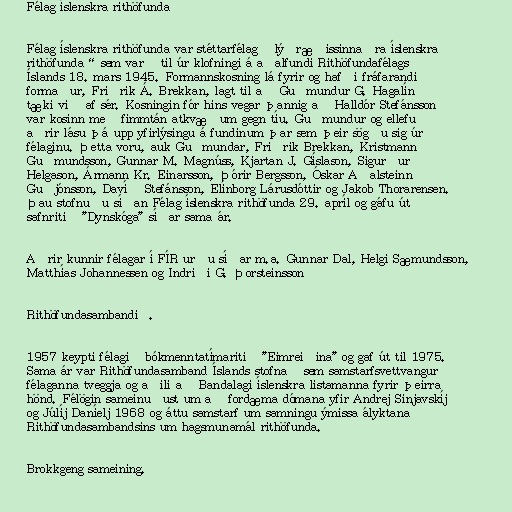
Félag íslenskra rithöfunda

Félag íslenskra rithöfunda var stéttarfélag „lýðræðissinnaðra íslenskra
rithöfunda“ sem varð til úr klofningi á aðalfundi Rithöfundafélags
Íslands 18. mars 1945. Formannskosning lá fyrir og hafði fráfarandi
formaður, Friðrik Á. Brekkan, lagt til að Guðmundur G. Hagalín
tæki við af sér. Kosningin fór hins vegar þannig að Halldór Stefánsson
var kosinn með fimmtán atkvæðum gegn tíu. Guðmundur og ellefu
aðrir lásu þá upp yfirlýsingu á fundinum þar sem þeir sögðu sig úr
félaginu. Þetta voru, auk Guðmundar, Friðrik Brekkan, Kristmann
Guðmundsson, Gunnar M. Magnúss, Kjartan J. Gíslason, Sigurður
Helgason, Ármann Kr. Einarsson, Þórir Bergsson, Óskar Aðalsteinn
Guðjónsson, Davíð Stefánsson, Elínborg Lárusdóttir og Jakob Thorarensen.
Þau stofnuðu síðan Félag íslenskra rithöfunda 29. apríl og gáfu út
safnritið "Dynskóga" síðar sama ár.

Aðrir kunnir félagar í FÍR urðu síðar m.a. Gunnar Dal, Helgi Sæmundsson,
Matthías Johannessen og Indriði G. Þorsteinsson

Rithöfundasambandið.

1957 keypti félagið bókmenntatímaritið "Eimreiðina" og gaf út til 1975.
Sama ár var Rithöfundasamband Íslands stofnað sem samstarfsvettvangur
félaganna tveggja og aðili að Bandalagi íslenskra listamanna fyrir þeirra
hönd. Félögin sameinuðust um að fordæma dómana yfir Andrej Sinjavskíj
og Júlíj Daníelj 1968 og áttu samstarf um samningu ýmissa ályktana
Rithöfundasambandsins um hagsmunamál rithöfunda.

Brokkgeng sameining.